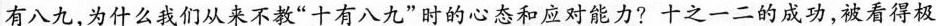
有八九，为什么我们从来不教”十有八九”时的心态和应对能力?十之一二的成功，被看得极